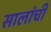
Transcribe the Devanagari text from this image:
सालांची